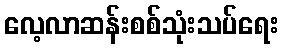
လေ့လာဆန်းစစ်သုံးသပ်ရေး